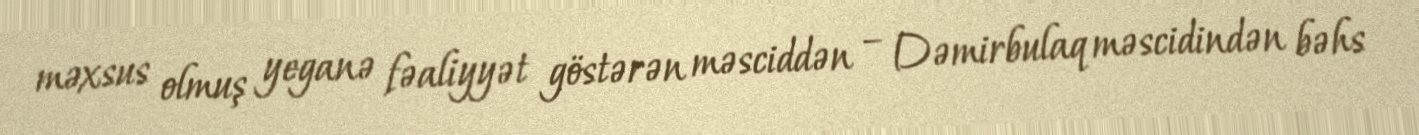
məxsus olmuş yeganə fəaliyyət göstərən məsciddən – Dəmirbulaq məscidindən bəhs